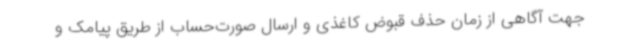
جهت آگاهی از زمان حذف قبوض کاغذی و ارسال صورت‌حساب از طریق پیامک و